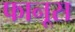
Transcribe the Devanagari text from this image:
फानूस